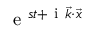
\mathrm { ~ e ~ } ^ { s t + \mathrm { ~ i ~ } \vec { k } \cdot \vec { x } }